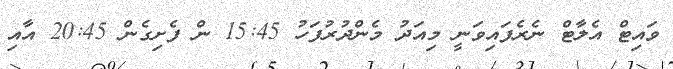
ވައިޓް އެލާޓް ނެރެފައިވަނީ މިއަދު މެންދުރުފަހު 15:45 ން ފެށިގެން 20:45 އާއި